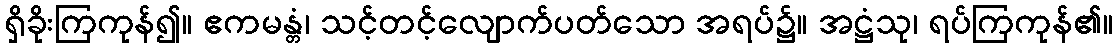
ရှိခိုးကြကုန်၍။ ဧကမန္တံ၊ သင့်တင့်လျောက်ပတ်သော အရပ်၌။ အဋ္ဌံသု၊ ရပ်ကြကုန်၏။